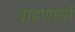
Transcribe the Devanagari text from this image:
वाहणार्या